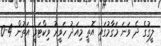
ލީގުގެ ދެ ވަނަ މަގާމުގައި އޮތީ މިއަދު ހަވީރު ވިކްޓަރީ އަތުން 4-0